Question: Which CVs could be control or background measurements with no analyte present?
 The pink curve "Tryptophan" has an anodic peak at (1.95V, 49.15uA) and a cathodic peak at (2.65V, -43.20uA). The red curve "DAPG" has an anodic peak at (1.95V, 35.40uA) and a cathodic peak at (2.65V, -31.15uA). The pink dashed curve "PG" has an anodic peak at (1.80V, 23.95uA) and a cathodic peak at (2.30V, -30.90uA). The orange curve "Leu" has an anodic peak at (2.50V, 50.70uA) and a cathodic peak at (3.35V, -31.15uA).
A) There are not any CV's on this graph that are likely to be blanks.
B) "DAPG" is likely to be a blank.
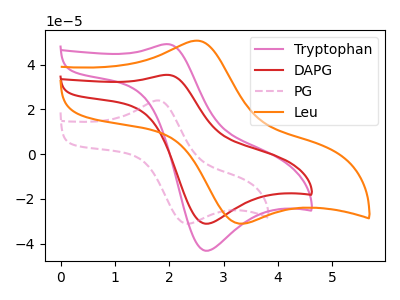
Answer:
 <answer>A) There are not any CV's on this graph that are likely to be blanks.</answer>
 <eval>A</eval>